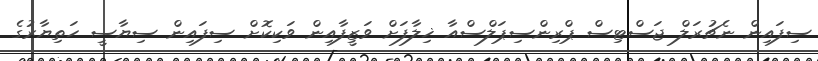
ސިފައިން ނެޗުރަލް ޖަސްޓިސް ޕްރިންސިޕަލްސްއާ ޚިލާފަށް ވަޒީފާއިން ވަކިކޮށް ސިފައިން ސިޔާސީ ހަތިޔާރުގެ